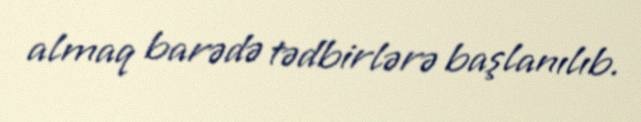
almaq barədə tədbirlərə başlanılıb.